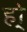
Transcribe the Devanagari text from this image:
हो्